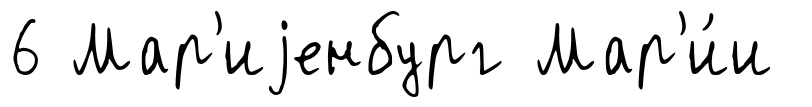
6 Мар'иjенбург Мар'и́и